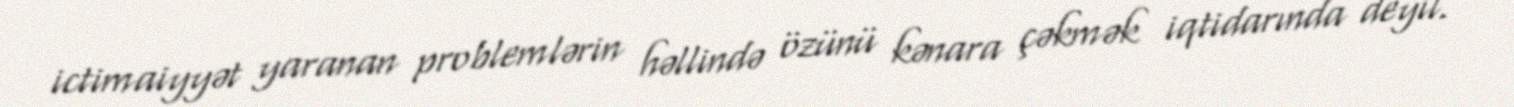
ictimaiyyət yaranan problemlərin həllində özünü kənara çəkmək iqtidarında deyil.